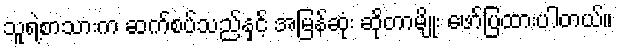
သူရဲ့စာသားက ဆက်စပ်သည်နှင့် အမြန်ဆုံး ဆိုတာမျိုး ဖော်ပြထားပါတယ်။